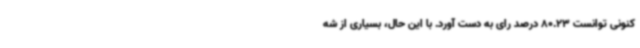
کنونی توانست 80.23 درصد رای به دست آورد. با این حال، بسیاری از شه